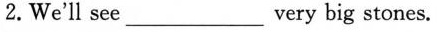
2.We'll see___very big stones.